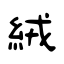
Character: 絨